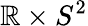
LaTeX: \mathbb{R}\times S^{2}